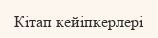
Кітап кейіпкерлері